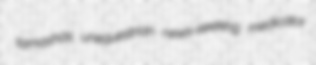
tamashas unequestrian news-seeking medicator